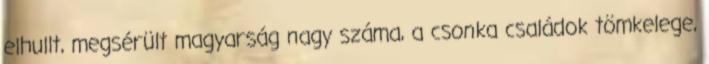
elhullt, megsérült magyarság nagy száma, a csonka családok tömkelege,